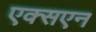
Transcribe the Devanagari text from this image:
एक्सएन